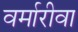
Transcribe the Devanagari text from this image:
वर्मारीवा